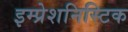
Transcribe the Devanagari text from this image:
इम्प्रेशनिस्टिक